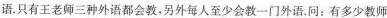
语。只有王老师三种外语都会教，另外每人至少会教一门外语。同：有多少教师